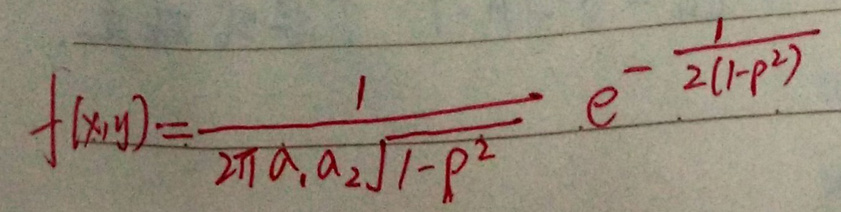
\[
f(x,y)=\frac{1}{2\pi a_1 a_2\sqrt{1 - \rho^{2}}} \cdot e^{-\frac{1}{2(1 - \rho^{2})}}
\]